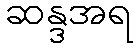
ဆန္ဒအရ